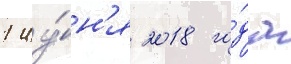
1 иу́н'я 2018 го́да